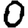
Digit: 0